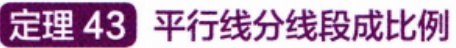
定理 43 平行线分线段成比例